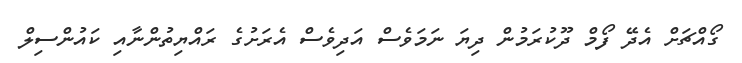
ގޯއްޗަށް އެދޭ ފޯމް ދޫކުރަމުން ދިޔަ ނަމަވެސް އަދިވެސް އެރަށުގެ ރައްޔިތުންނާއި ކައުންސިލް